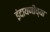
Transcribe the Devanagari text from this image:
इंदायणीच्या